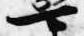
可